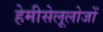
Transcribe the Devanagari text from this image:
हेमीसेलूलोजों